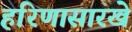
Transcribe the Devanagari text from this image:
हरिणासारखे